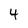
Character: 4